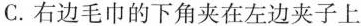
C.右边毛巾的下角夹在左边夹子上